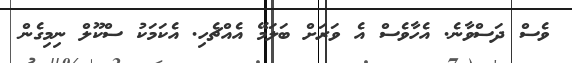
ވެސް ދަސްވާނެ. އެހާވެސް އެ ވަރަށް ބަލަމޭ އެއްޗެހި. އެކަމަކު ސްކޫލް ނިމިގެން